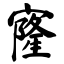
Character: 㝫